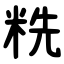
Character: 䊁